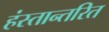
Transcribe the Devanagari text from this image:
हंस्तान्तरित